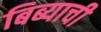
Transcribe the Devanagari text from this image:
बिब्याची